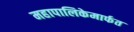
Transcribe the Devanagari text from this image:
महापालिकेमार्फत